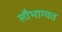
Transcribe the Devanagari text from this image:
सौभाग्यत